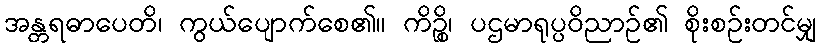
အန္တရဓာပေတိ၊ ကွယ်ပျောက်စေ၏။ ကိဉ္စိ၊ ပဌမာရုပ္ပဝိညာဉ်၏ စိုးစဉ်းတင်မျှ